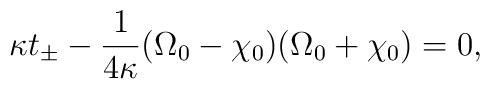
\kappa t_{\pm}-\frac{1}{4\kappa}(\Omega_0 - \chi_0)(\Omega_0+\chi_0)=0,